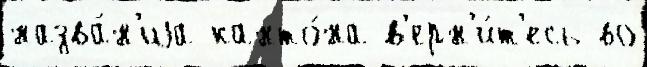
назва́н'иjа канто́на в'ерн'и́т'есь во